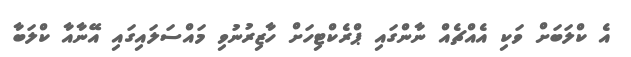
އެ ކްލަބަށް ވަކި އެއްޗެއް ނާންގައި ޕްރެކްޓިހަށް ހާޒިރުނުވި މައްސަލައިގައި އޭނާއާ ކްލަބާ